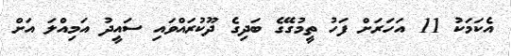
އެކަމަކު 11 އަހަރަށް ފަހު ތީމުގޭގެ ބަދިގެ ދޫކުރައްވައި ސައީދު އަމިއްލަ އަށް